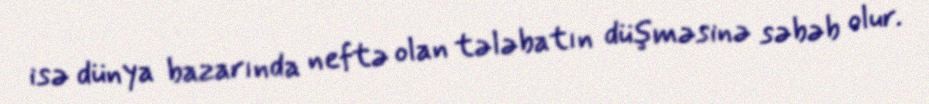
isə dünya bazarında neftə olan tələbatın düşməsinə səbəb olur.